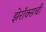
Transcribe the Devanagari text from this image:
झेरॉक्सची